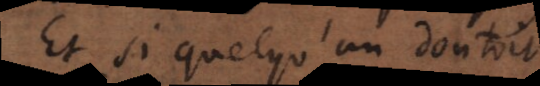
Et si quelqu’un doutoit